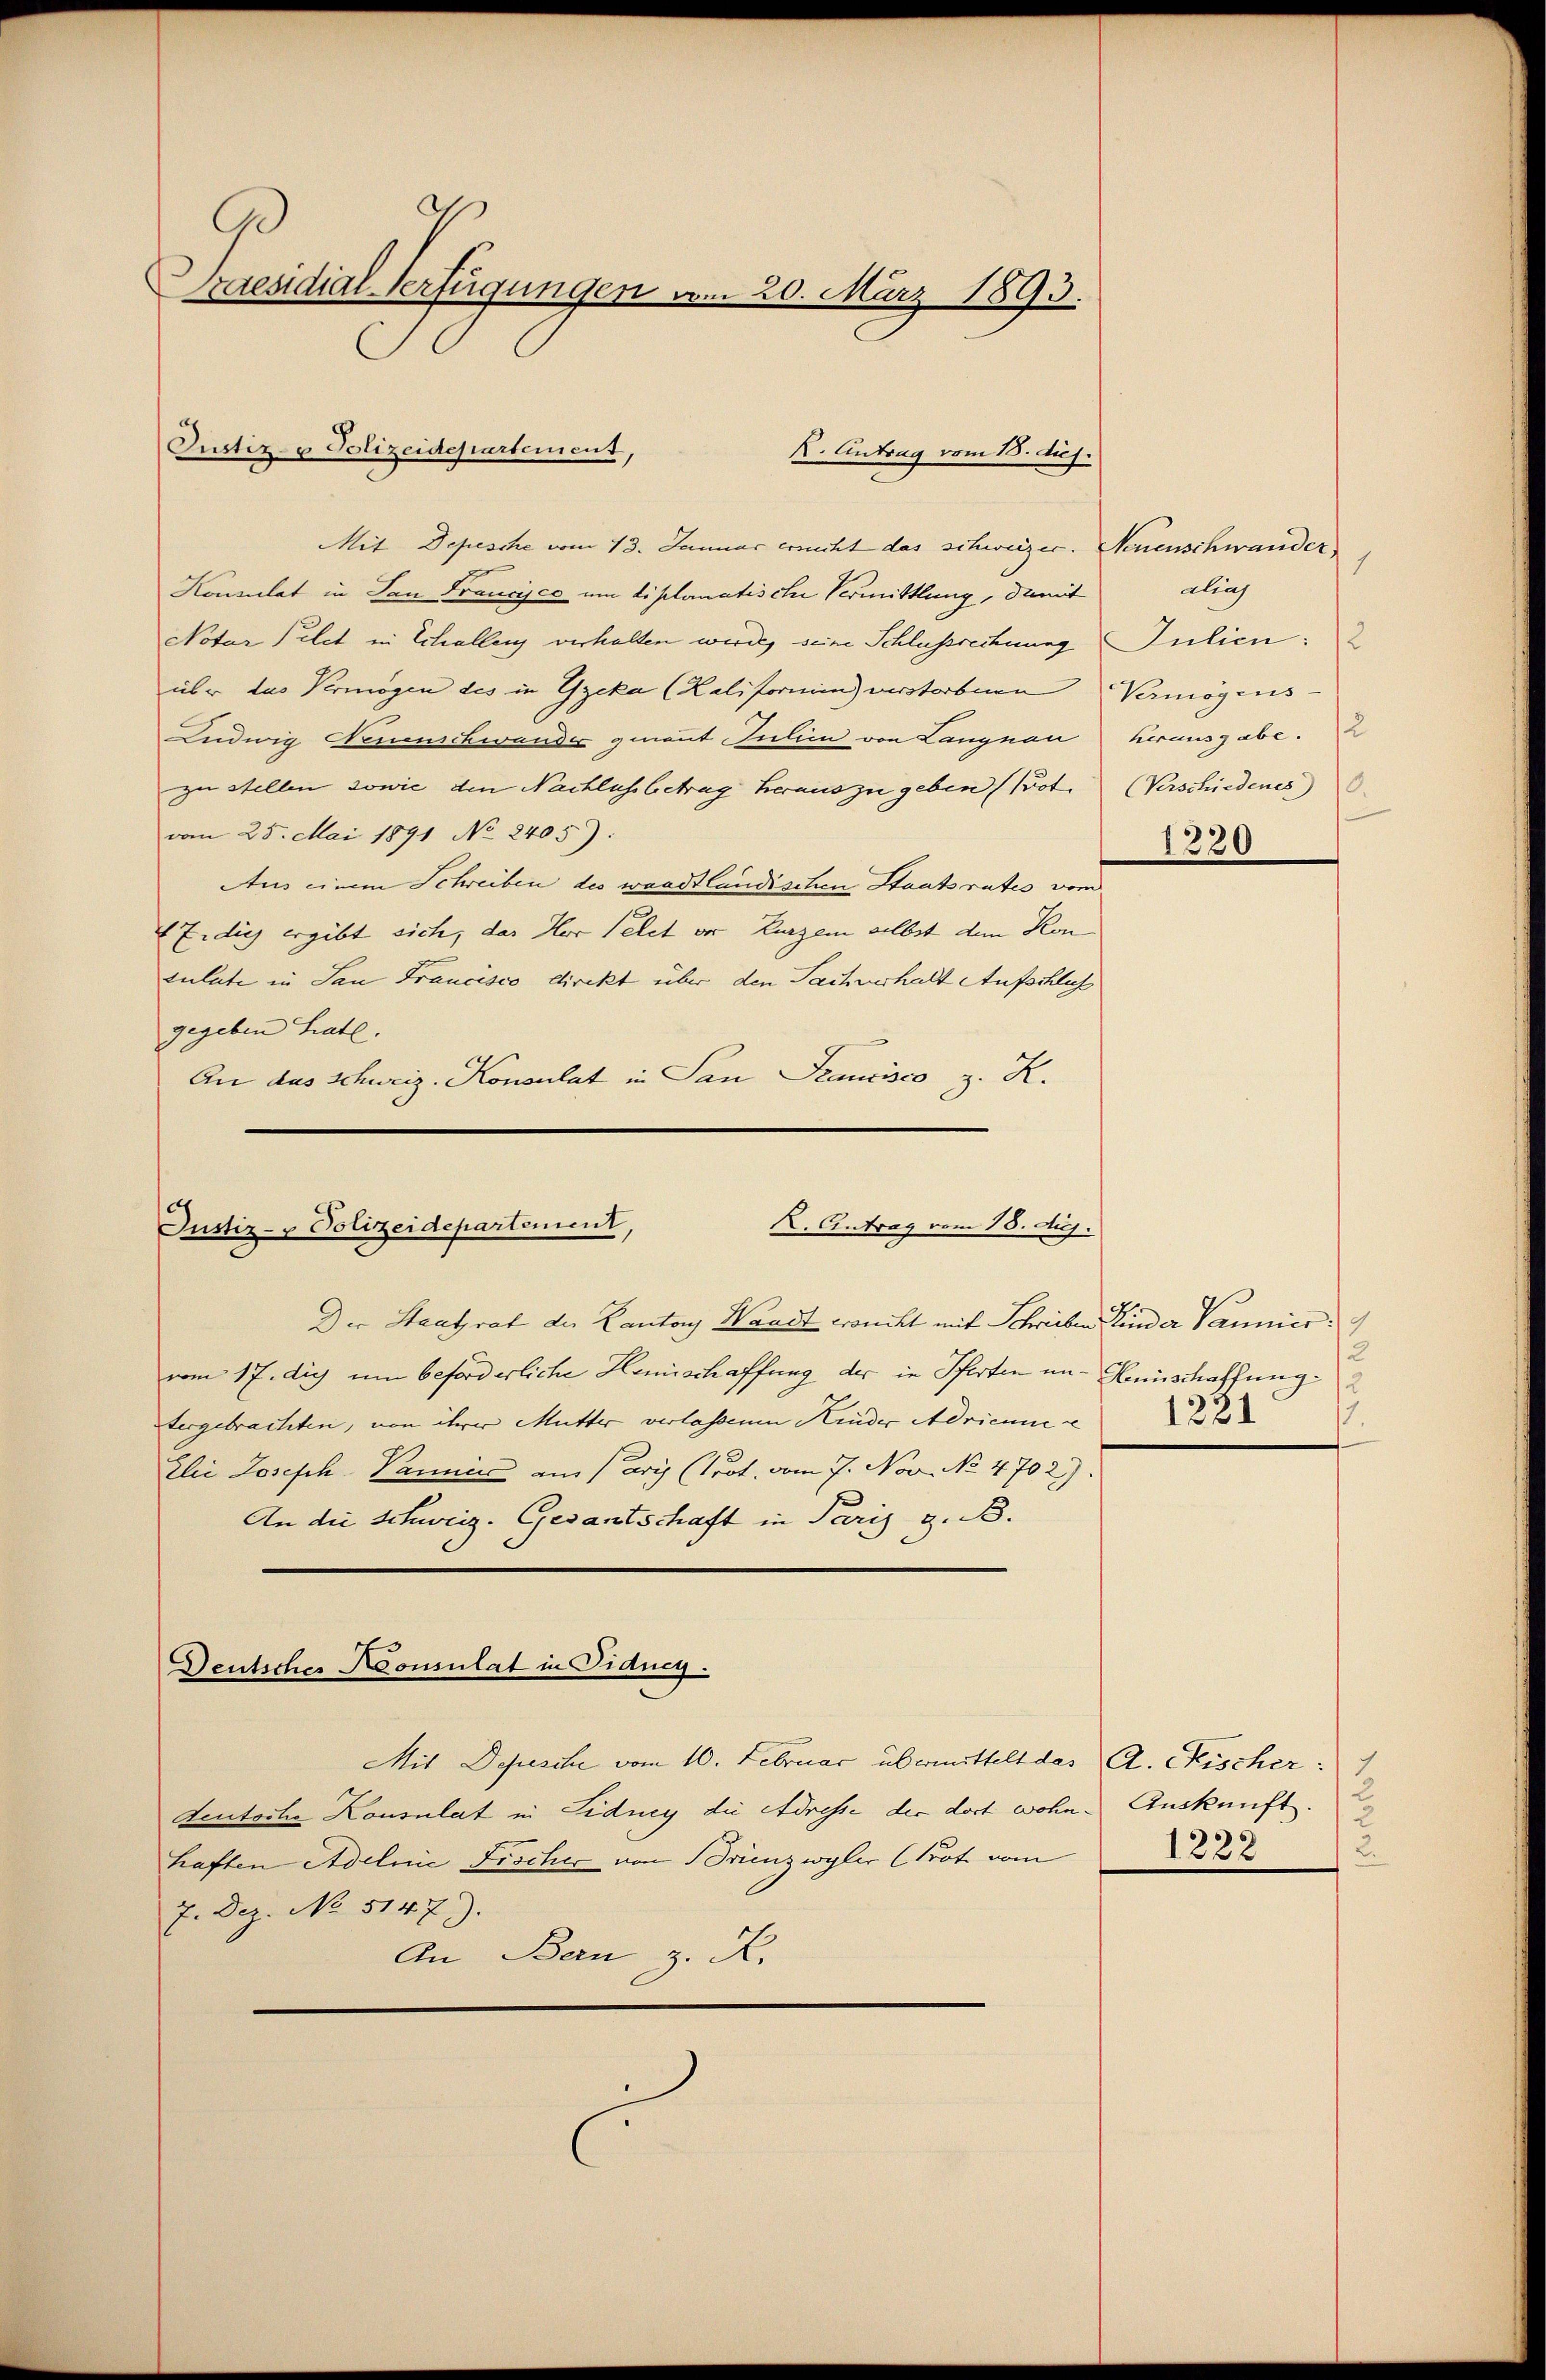
Praesidial-Verfügungen vom 20. März 1893.

Mit Depesche vom 13. Januar erricht das schweizer. Neuenschwander
Konsulat in San Francisco um diplomatische Vermittlung, damit
Notar Telet in Schallen verhalten werde, seine Schlussrechung Julien:
über das Vermögen des in Geka (Kaliformen) verstorbnen Vermögens-
Ludwig Nejunschwande genant Julii von Langnau herausgabe.
zu stellen sowie den Nachlussbetrag heraus zu geben (Pot. (Verschiedenes)
vom 25. Mai 1891 No 2405).
Aus einem Schreiben des waadtländischen Staatsrates vom
Z. dies ergibt sich, das Her Telet vor kurzem selbst dem Kontulate in San Francisco direkt über den Sachverhalt Aufschlich
gegeben hat.
An das Schweiz. Konsulat in San Francisco z. R.

Justiz- & Polizeidepartement,

Justiz- & Polizeidepartement,
X. Antrag vom 18. Aug.

tergebrachten, von ihrer Mutter verlassenen Kinder Adrianne a
Elie Joseph Panien am Paris (Prot. vom 7. Nov. No 4702).

Deutscher Konsulat in Fiducy.

K. Eintrag vom 13. duj.

ding
1220

Der Staatsrat der Kantons Waadt croncht mit Schrieben Kinder Vannier
vom 17. die um beforderliche Hemischaffung der in Pferten um Haunschaffung
An die Schweiz. Gesantschaft in Paris z. B.

Mit Depesche vom 10. Februar übermittelt das A. Fischer:
teutsche Konsulat in Fidney die Adresse der dort wohn. Auskunft.
haften Adelei Fischer von Brienzwyler (Prot vom
7. Dez. No. 5147).
An Bern z. K.

12
1221
17.

.
1238